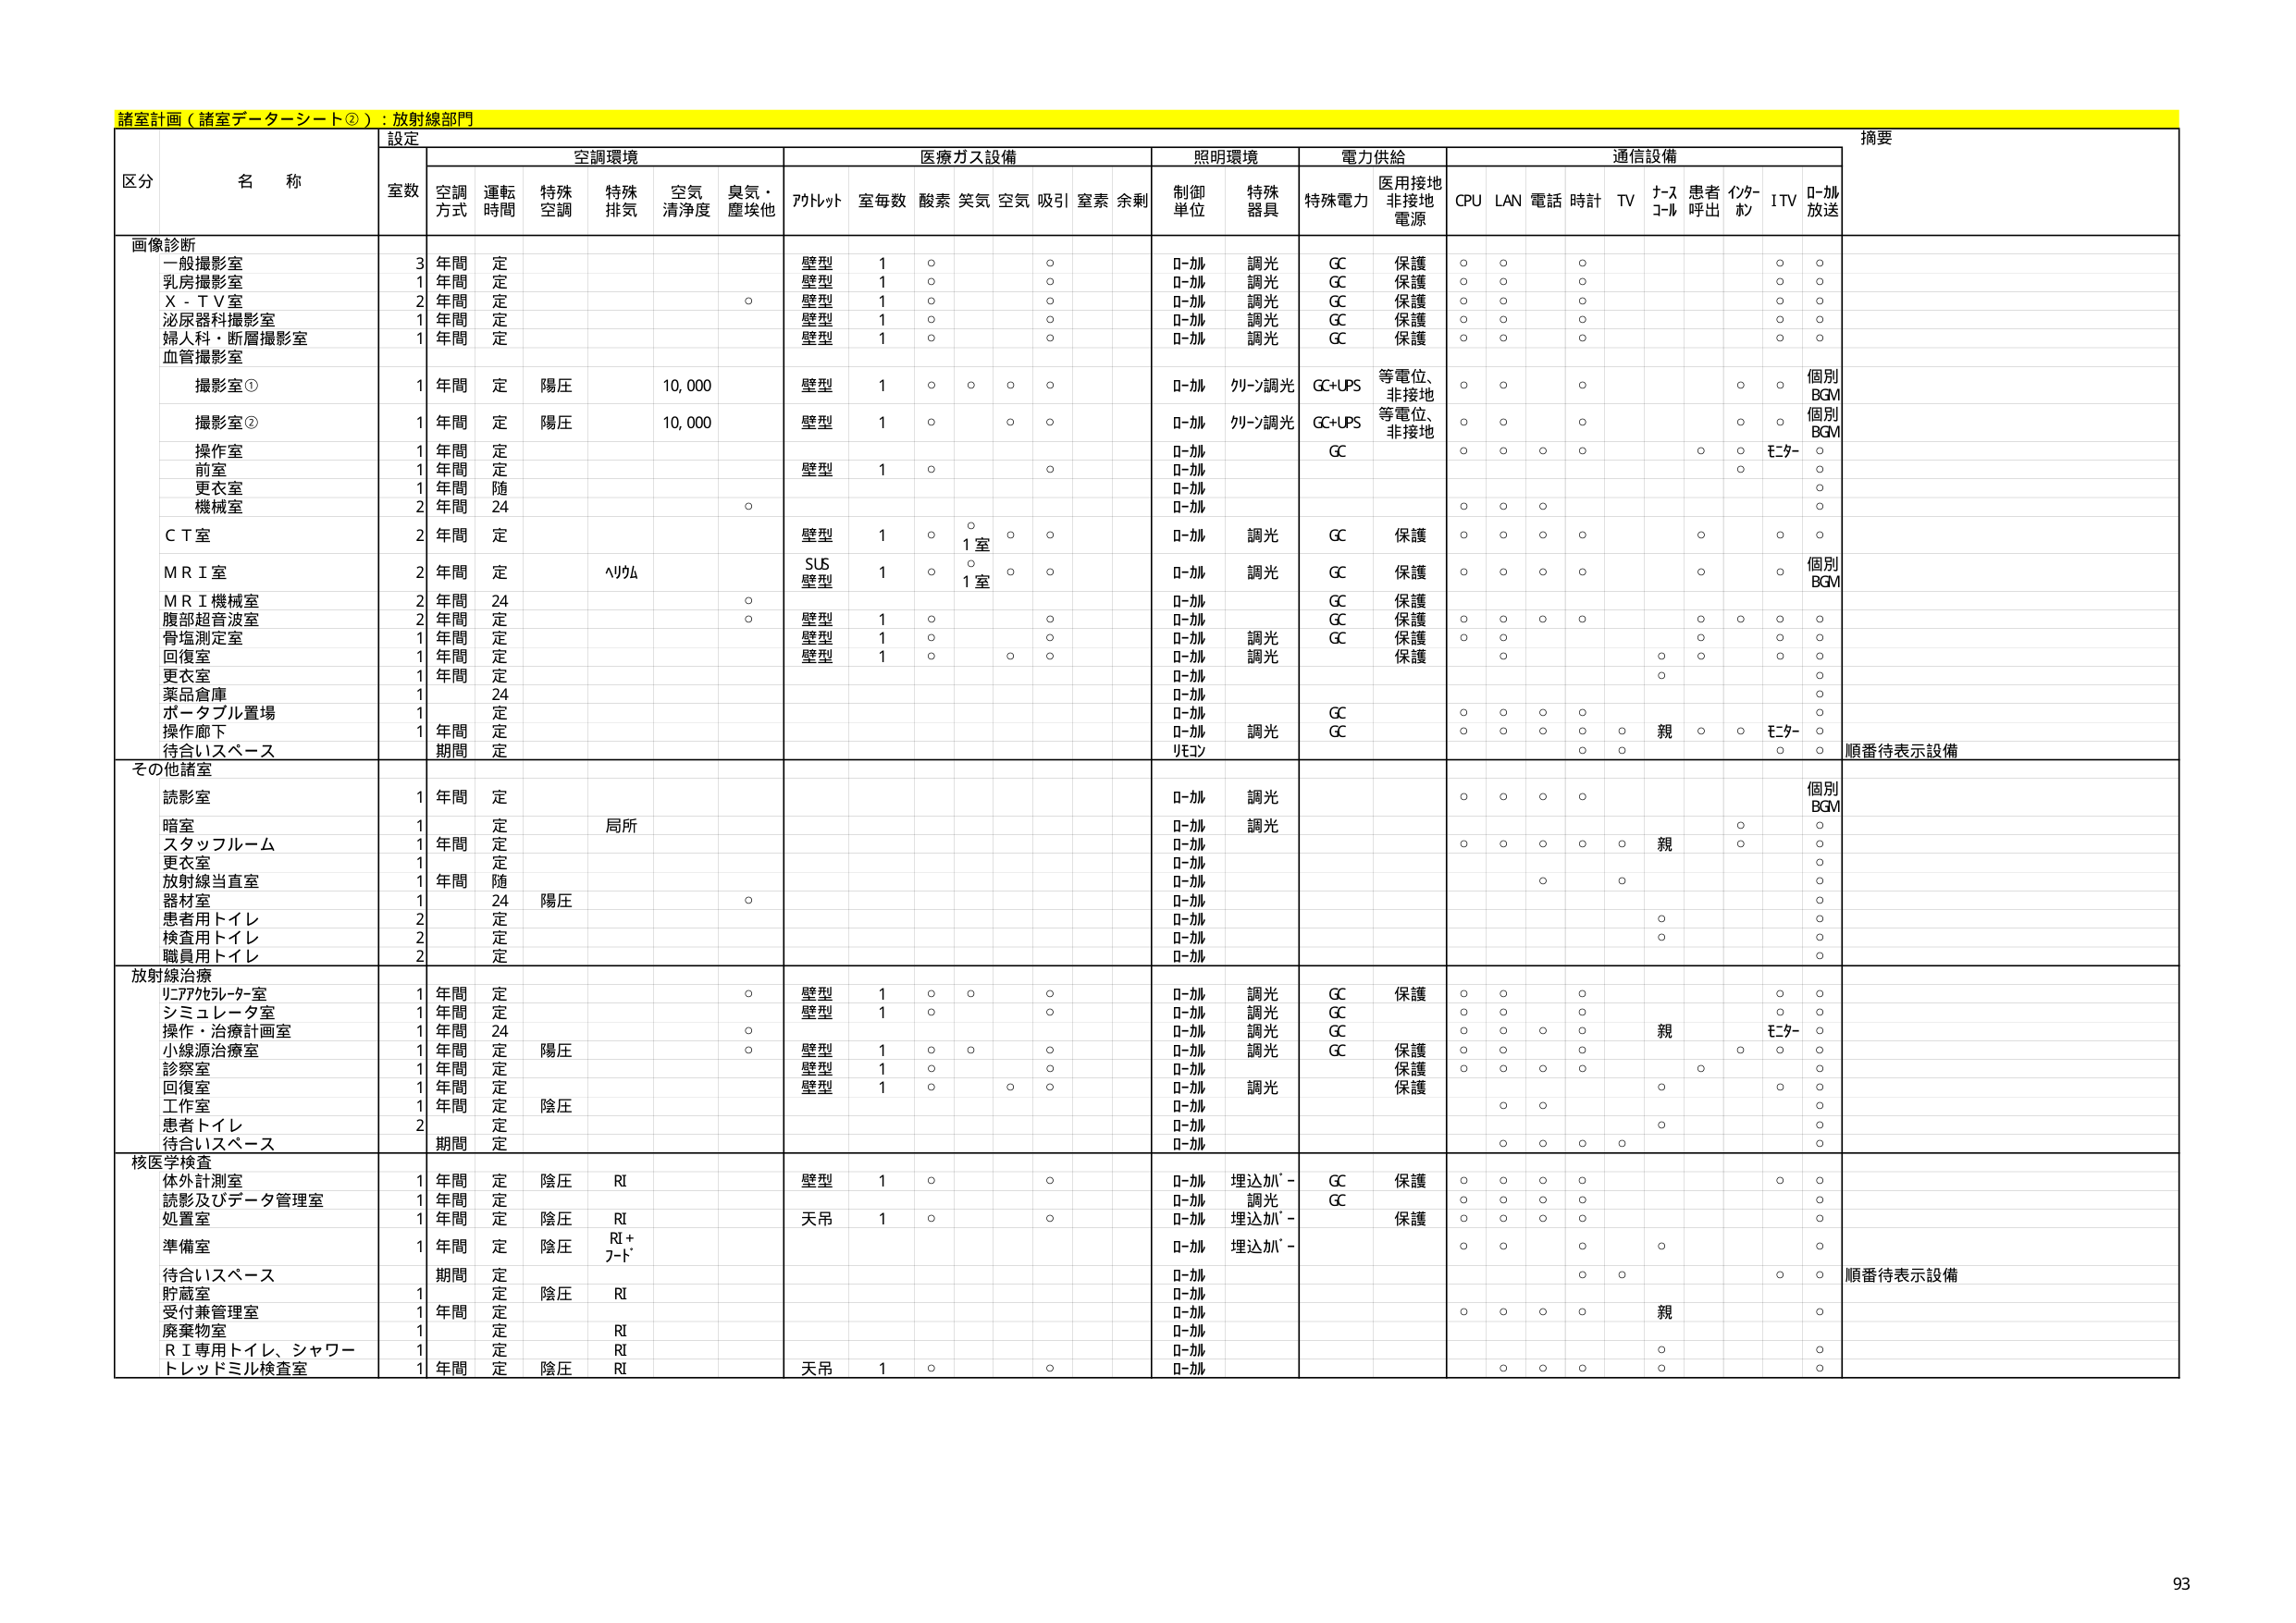
諸室計画（諸室データーシート②）：放射線部門

設定
摘要

区分 名称
室数 空調方式 運転時間 特殊空調 特殊排気 空気清浄度 臭気・塵埃他 アルトット 室毎数 酸素 笑気 空気 吸引 窒素 余剰 制御単位 特殊器具 特殊電力 医用接地非接地電源 CPU LAN 電話 時計 TV ナースコール 患者呼出 インターホン ITV ローカル放送

画像診断
一般撮影室 3 年間 定 壁型 1 ○ ○ ローカル 調光 GC 保護 ○ ○ ○ ○ ○
乳房撮影室 1 年間 定 壁型 1 ○ ○ ローカル 調光 GC 保護 ○ ○ ○ ○ ○
X - T V室 2 年間 定 ○ 壁型 1 ○ ○ ローカル 調光 GC 保護 ○ ○ ○ ○ ○
泌尿器科撮影室 1 年間 定 壁型 1 ○ ○ ローカル 調光 GC 保護 ○ ○ ○ ○ ○
婦人科・断層撮影室 1 年間 定 壁型 1 ○ ○ ローカル 調光 GC 保護 ○ ○ ○ ○ ○
血管撮影室
撮影室① 1 年間 定 陽圧 10,000 壁型 1 ○ ○ ○ ○ ローカル クリーン調光 GC+UPS 等電位、非接地 ○ ○ ○ ○ 個別BGM
撮影室② 1 年間 定 陽圧 10,000 壁型 1 ○ ○ ○ ローカル クリーン調光 GC+UPS 等電位、非接地 ○ ○ ○ ○ 個別BGM
操作室 1 年間 定 ローカル GC ○ ○ モニター ○
前室 1 年間 定 壁型 1 ○ ○ ローカル ○
更衣室 1 年間 随 ローカル ○
機械室 2 年間 24 ○ ローカル ○ ○ ○
ＣＴ室 2 年間 定 壁型 1 ○ ○ 1室 ○ ○ ローカル 調光 GC 保護 ○ ○ ○ ○ ○ ○
ＭＲＩ室 2 年間 定 ヘリウム SUS 壁型 1 ○ ○ 1室 ○ ○ ローカル 調光 GC 保護 ○ ○ ○ ○ ○ ○ 個別BGM
ＭＲＩ機械室 2 年間 24 ○ ローカル GC 保護
腹部超音波室 2 年間 定 ○ 壁型 1 ○ ○ ローカル GC 保護 ○ ○ ○ ○ ○ ○ ○ ○
骨塩測定室 1 年間 定 壁型 1 ○ ○ ローカル 調光 GC 保護 ○ ○ ○ ○
回復室 1 年間 定 壁型 1 ○ ○ ○ ローカル 調光 保護 ○ ○ ○ ○
更衣室 1 年間 定 ローカル ○
薬品倉庫 1 24 ローカル ○
ポータブル置場 1 定 ローカル GC ○ ○ ○ ○ ○
操作廊下 1 年間 定 ローカル 調光 GC ○ ○ ○ ○ ○ 親 ○ ○ モニター ○
待合いスペース 期間 定 リモコン ○ ○ ○ 順番待表示設備

その他諸室
読影室 1 年間 定 ローカル 調光 ○ ○ ○ ○ 個別BGM
暗室 1 定 局所 ローカル 調光 ○ ○
スタッフルーム 1 年間 定 ローカル ○ ○ ○ ○ ○ 親 ○ ○
更衣室 1 ローカル ○
放射線当直室 1 年間 随 ローカル ○ ○ ○
器材室 1 24 陽圧 ○ ローカル ○
患者用トイレ 2 定 ローカル ○ ○
検査用トイレ 2 定 ローカル ○ ○
職員用トイレ 2 定 ローカル ○

放射線治療
リニアックルータ室 1 年間 定 ○ 壁型 1 ○ ○ ○ ローカル 調光 GC 保護 ○ ○ ○ ○ ○
シミュレータ室 1 年間 定 壁型 1 ○ ○ ○ ローカル 調光 GC ○ ○ ○ ○ ○
操作・治療計画室 1 年間 24 ○ ローカル 調光 GC ○ ○ ○ ○ 親 モニター ○
小線源治療室 1 年間 定 陽圧 ○ 壁型 1 ○ ○ ○ ローカル 調光 GC 保護 ○ ○ ○ ○ ○
診察室 1 年間 定 壁型 1 ○ ○ ローカル 保護 ○ ○ ○ ○ ○
回復室 1 年間 定 壁型 1 ○ ○ ○ ローカル 調光 保護 ○ ○ ○ ○
工作室 1 年間 定 陰圧 ローカル ○ ○ ○
患者トイレ 2 定 ローカル ○ ○
待合いスペース 期間 定 ローカル ○ ○ ○ ○ ○

核医学検査
体外計測室 1 年間 定 陰圧 RI 壁型 1 ○ ○ ローカル 埋込ｶﾊﾞｰ GC 保護 ○ ○ ○ ○ ○
読影及びデータ管理室 1 年間 定 ローカル 調光 GC ○ ○ ○ ○ ○
処置室 1 年間 定 陰圧 RI 天吊 1 ○ ○ ローカル 埋込ｶﾊﾞｰ 保護 ○ ○ ○ ○ ○
準備室 1 年間 定 陰圧 RI + フード ローカル 埋込ｶﾊﾞｰ ○ ○ ○
待合いスペース 期間 定 ローカル ○ ○ ○ 順番待表示設備
貯蔵室 1 定 陰圧 RI ローカル ○
受付兼管理室 1 年間 定 ローカル ○ ○ ○ ○ 親 ○
廃棄物室 1 定 RI ローカル ○
ＲＩ専用トイレ、シャワー 1 定 RI ローカル ○ ○
トレッドミル検査室 1 年間 定 陰圧 RI 天吊 1 ○ ○ ローカル ○ ○ ○ ○ ○

93